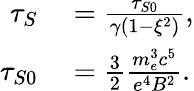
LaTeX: \begin{array}{rl}{\tau_{S}}&{{}=\frac{\tau_{S0}}{\gamma(1-\xi^{2})},}\\ {\tau_{S0}}&{{}=\frac{3}{2}\frac{m_{e}^{3}c^{5}}{e^{4}B^{2}}.}\end{array}